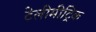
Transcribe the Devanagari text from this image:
टेलीमीट्रिक